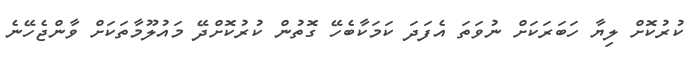
ކުރުކޮށް ލިޔާ ހަބަރަކަށް ނުވަތަ އެފަދަ ކަމަކާބެހޭ ގޮތުން ކުރުކޮށްދޭ މައުލޫމާތަކަށް ވާންޖެހޭނެ